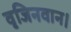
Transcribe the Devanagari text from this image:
वृजिनवान।